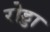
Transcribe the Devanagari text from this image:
रोड्डा